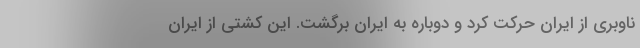
ناوبری از ایران حرکت کرد و دوباره به ایران برگشت. این کشتی از ایران